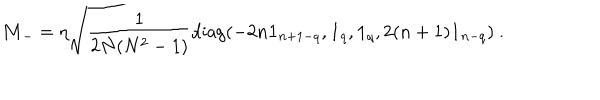
LaTeX: { \bf M } _ { - } = \eta \sqrt { \frac { 1 } { 2 N ( N ^ { 2 } - 1 ) } } \mathrm { d i a g } ( - 2 n { \bf 1 } _ { n + 1 - q } , { \bf 1 } _ { q } , { \bf 1 } _ { q } , 2 ( n + 1 ) { \bf 1 } _ { n - q } ) \ .